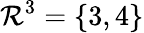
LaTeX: \mathcal{R}^{3}=\{ 3,4\}